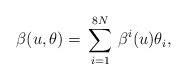
LaTeX: \begin{align*}\beta(u,\theta)=\,\sum^{8N}_{i=1}\,{\beta}^i(u) \theta_i,\end{align*}